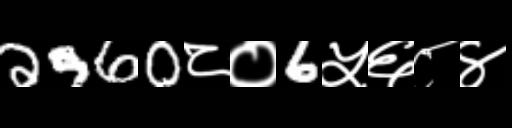
Text: 2960८०6५६८४